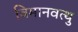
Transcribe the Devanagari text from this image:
विमानवत्थु